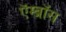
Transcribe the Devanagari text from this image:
ऍम्ब्रॉस